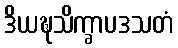
ဒိယဍ္ဎသိက္ခာပဒသတံ